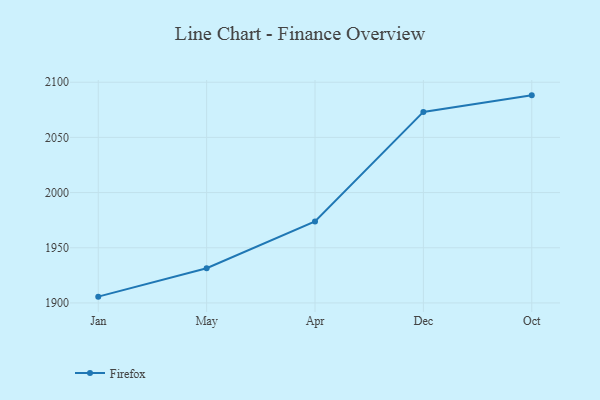
{"axis": {"x": "Month", "y": "Temperature (°C)"}, "legend": ["Firefox"], "data": [{"x": "Jan", "y": 1905.7, "type": "Firefox"}, {"x": "May", "y": 1931.4, "type": "Firefox"}, {"x": "Apr", "y": 1973.8, "type": "Firefox"}, {"x": "Dec", "y": 2073.1, "type": "Firefox"}, {"x": "Oct", "y": 2088.1, "type": "Firefox"}]}